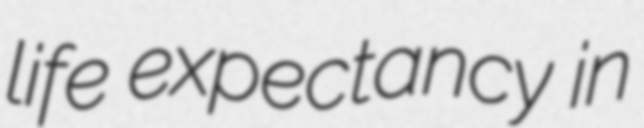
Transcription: life expectancy in